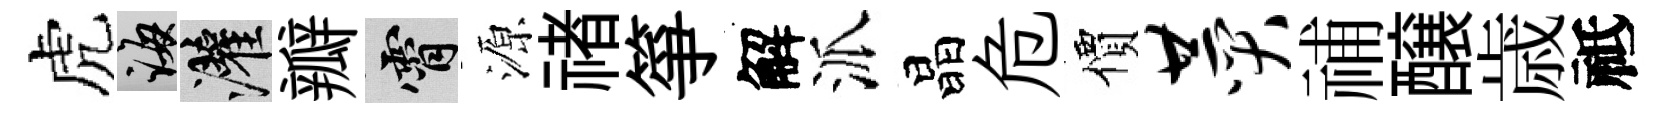
虎誨灌瓣霄源禇箏解派晶危價赞𥙷醸歳祗